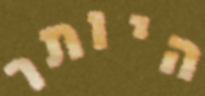
היותר